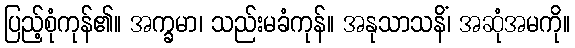
ပြည့်စုံကုန်၏။ အက္ခမာ၊ သည်းမခံကုန်။ အနုသာသနိံ၊ အဆုံအမကို။